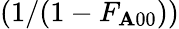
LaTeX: (1/(1-F_{\mathbf{A}00}))